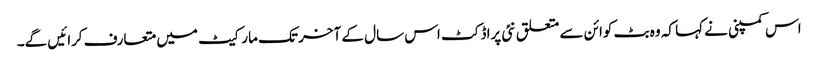
اس کمپنی نے کہا کہ وہ بٹ کوائن سے متعلق نئی پراڈکٹ اس سال کے آخر تک مارکیٹ میں متعارف کرائیں گے۔